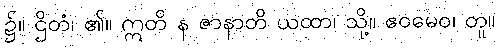
၌။ ဌိတံ၊ ၏။ ဣတိ န ဇာနာတိ ယထာ၊ သို့။ ဧဝမေဝ၊ တူ။